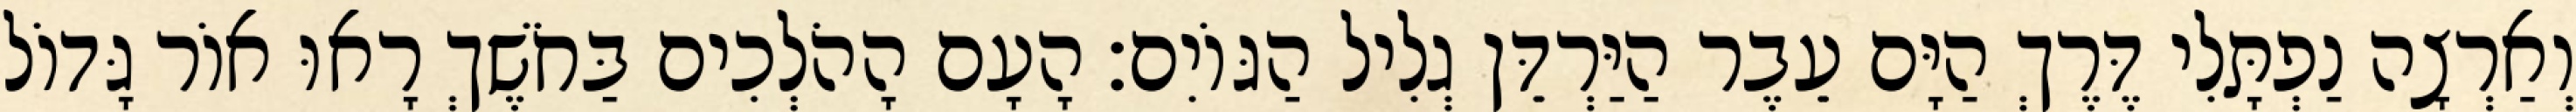
וְאַרְצָה נַפְתָּלִי דֶּרֶךְ הַיָּם עֵבֶר הַיַּרְדֵּן גְלִיל הַגּוֹיִם׃ הָעָם הָהֹלְכִים בַּחֹשֶׁךְ רָאוּ אוֹר גָּדוֹל